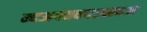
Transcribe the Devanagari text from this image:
म्दअपतवदउमदज